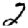
Digit: 2